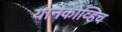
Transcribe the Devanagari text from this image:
यानकोव्हिच